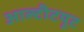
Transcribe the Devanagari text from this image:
आल्टीटयूट